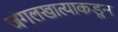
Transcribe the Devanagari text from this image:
जंगलखात्याकडून